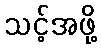
သင့်အဖို့